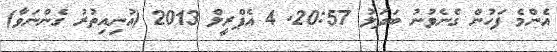
އެންމެ ފަހުން ގެނެވުނު ބަދަލު 20:57